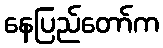
နေပြည်တော်က